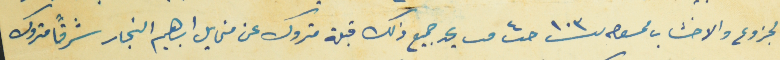
بالجزوع والاخشاب ممسوح نمرو ١٠٣ حب ٤ مـ يحد جميع ذلك قبلة متروك عن مخايل ابراهيم النجار شرقاً متروك